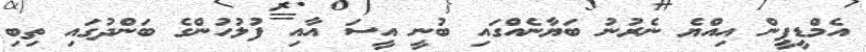
އެމްޑީޕީން އިއްޔެ ނެރުނު ބަޔާނެއްގައި ބުނީ އީސަ އާއި ފުލުހުންގެ ބަންދުގައި ތިބި